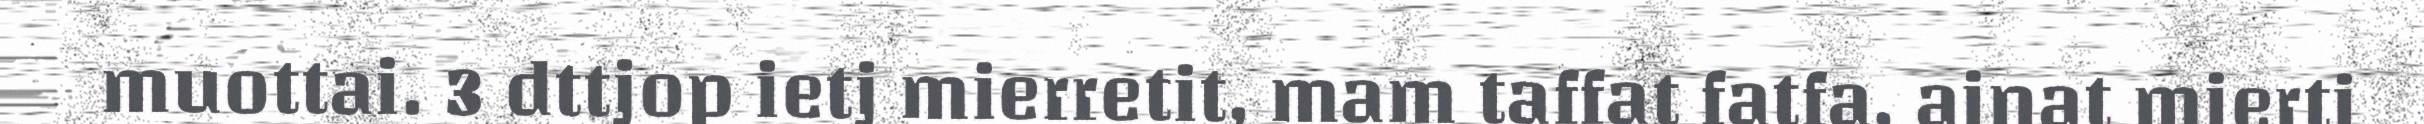
muottai. 3 dttjop ietj mierretit, mam taffat fatfa, ainat mierti